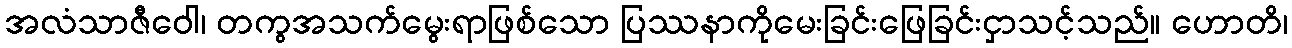
အလံသာဇီဝေါ၊ တကွအသက်မွေးရာဖြစ်သော ပြဿနာကိုမေးခြင်းဖြေခြင်းငှာသင့်သည်။ ဟောတိ၊